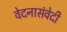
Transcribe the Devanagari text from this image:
वेदनासंवेदी